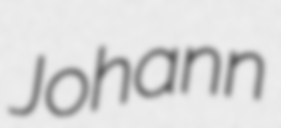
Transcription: Johann